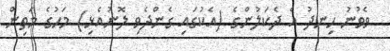
ވެވުނު ހިނދު އެ ދެކަލުންގެ (އެކުގައި ގެންދެވި ލޮނުއެޅި) މަހުގެ މަތިން